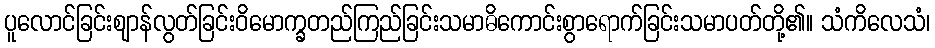
ပူလောင်ခြင်းဈာန်လွတ်ခြင်းဝိမောက္ခတည်ကြည်ခြင်းသမာဓိကောင်းစွာရောက်ခြင်းသမာပတ်တို့၏။ သံကိလေသံ၊